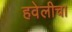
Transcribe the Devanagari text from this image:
हवेलीचा